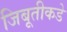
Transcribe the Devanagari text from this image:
जिबूतीकडे